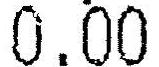
0.00